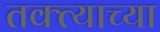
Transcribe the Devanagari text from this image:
तक्त्याच्या